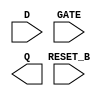
module sky130_fd_sc_hs__dlrtp (
    RESET_B,
    D      ,
    GATE   ,
    Q
);

    input  RESET_B;
    input  D      ;
    input  GATE   ;
    output Q      ;

    // Voltage supply signals
    supply1 VPWR;
    supply0 VGND;

endmodule